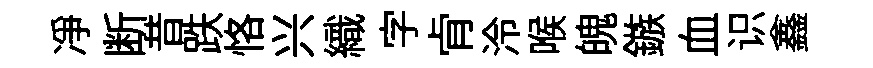
凈断昔跌恪兴織字肻泠喉魄鏃血识鑫